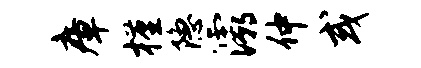
瘴槿隐灞仲或